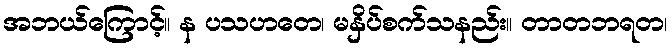
အဘယ်ကြောင့်။ န ပသဟတေ၊ မနှိပ်စက်သနည်း။ တာတဘရတ၊